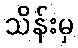
သိန်းမှ